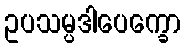
ဥပသမ္ပဒါပေက္ခော